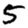
Digit: 5